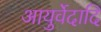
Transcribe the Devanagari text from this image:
आयुर्वेदादि